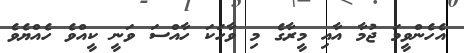
އެހެންވީމަ ޖުމާ އާއި މީރާގެ މި ވާހަކަ ހާއްސަ ވަނީ ކީއްވެ ހެއްޔެވެ